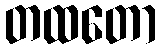
တထတော